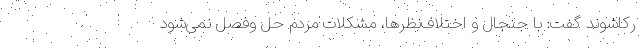
رکاشوند گفت: با جنجال و اختلاف‌نظرها، مشکلات مردم حل وفصل نمی‌شود